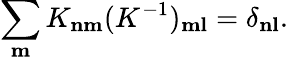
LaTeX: \sum_{\mathbf m}K_{\mathbf n\mathbf m}(K^{-1})_{\mathbf m\mathbf l}=\delta_{\mathbf n\mathbf l}.